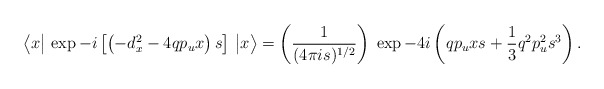
\begin{align*}\big\langle x\big\vert\, \exp -i\left[\left(-d_{x}^2-4q p_u x\right)s\right]\, \big \vert x\big\rangle= \left({1 \over {(4\pi is)^{1/2}}}\right)\;\exp -4i\left(q p_u xs + {1 \over 3} q^2 p_u^2 s^3\right).\end{align*}